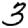
Digit: 3